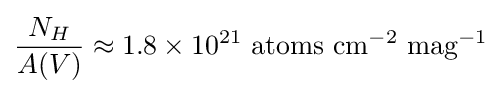
{\frac {N_{H}}{A(V)}}\approx 1.8\times 10^{21}~{\mbox{atoms}}~{\mbox{cm}}^{-2}~{\mbox{mag}}^{-1}